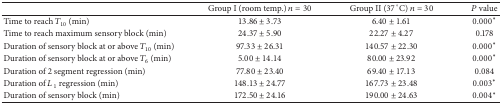
<table><thead><tr><td><b> </b></td><td><b>Group I (room temp.) <i>n</i> = 30</b></td><td><b>Group II (37 °C) <i>n</i> = 30</b></td><td><b><i>P</i> value</b></td></tr></thead><tbody><tr><td>Time to reach <i>T</i><sub>10</sub> (min)</td><td>13.86 ± 3.73</td><td>6.40 ± 1.61</td><td>0.000*</td></tr><tr><td>Time to reach maximum sensory block (min)</td><td>24.37 ± 5.90</td><td>22.27 ± 4.27</td><td>0.178</td></tr><tr><td> Duration of sensory block at or above <i>T</i><sub>10</sub> (min)</td><td>97.33 ± 26.31</td><td>140.57 ± 22.30</td><td>0.000*</td></tr><tr><td> Duration of sensory block at or above <i>T</i><sub>6</sub> (min)</td><td>5.00 ± 14.14</td><td>80.00 ± 23.92</td><td>0.000*</td></tr><tr><td>Duration of 2 segment regression (min)</td><td>77.80 ± 23.40</td><td>69.40 ± 17.13</td><td>0.084</td></tr><tr><td>Duration of <i>L</i><sub>1</sub> regression (min)</td><td>148.13 ± 24.77</td><td>167.73 ± 23.48</td><td>0.003*</td></tr><tr><td>Duration of sensory block (min)</td><td>172.50 ± 24.16</td><td>190.00 ± 24.63</td><td>0.004*</td></tr></tbody></table>